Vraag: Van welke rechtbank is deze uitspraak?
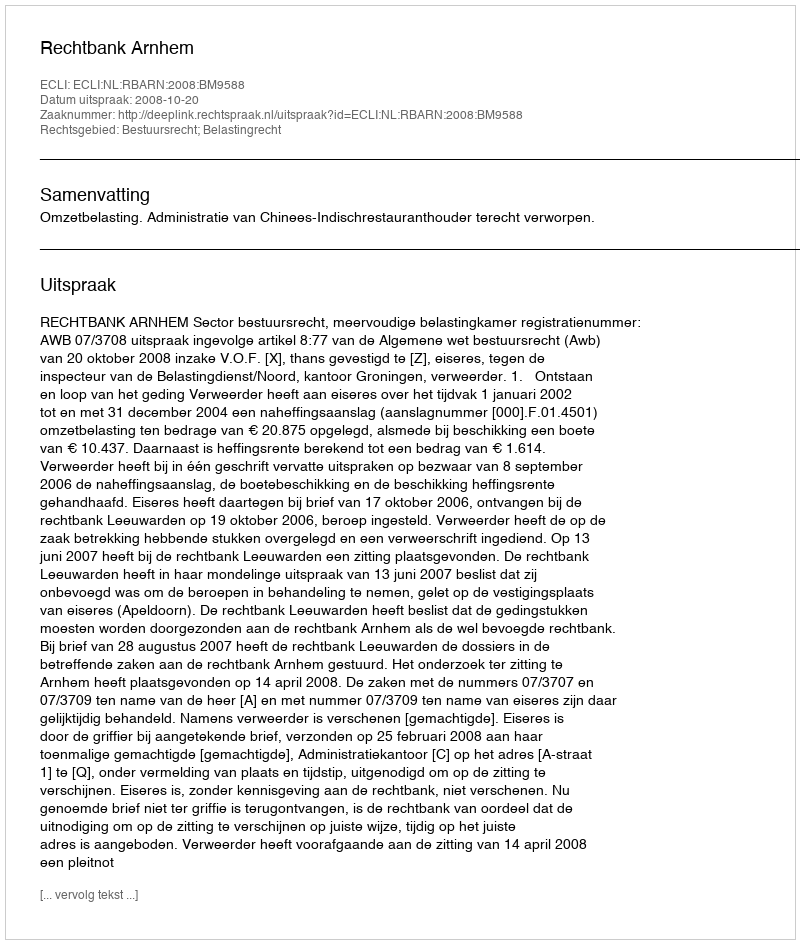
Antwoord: Rechtbank Arnhem